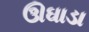
ઊઘાડા